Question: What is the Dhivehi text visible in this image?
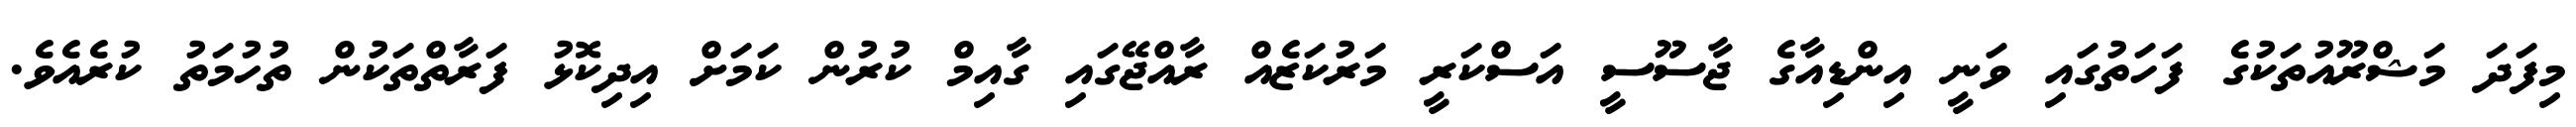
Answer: މިފަދަ މަޝްރޫއުތަކުގެ ފަހަތުގައި ވަނީ އިންޑިއާގެ ޖާސޫސީ އަސްކަރީ މަރުކަޒެއް ރާއްޖޭގައި ގާއިމް ކުރުން ކަމަށް އިދިކޮޅު ފަރާތްތަކުން ތުހުމަތު ކުރެއެވެ.